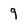
Character: 9